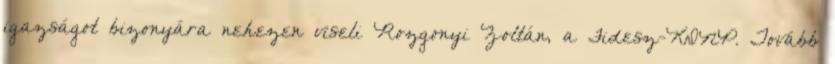
igazságot bizonyára nehezen viseli Rozgonyi Zoltán, a Fidesz-KDNP. Tovább